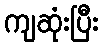
ကျဆုံးပြီး